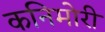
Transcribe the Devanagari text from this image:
कनिमोरी